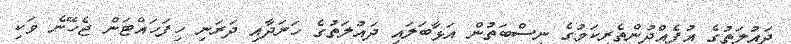
ދައުލަތުގެ އުފެއްދުންތެރިކަމުގެ ނިސްބަތުން އަޅާބަލައި ދައުލަތުގެ ހަރަދާއި ދަރަނި ހިފަހައްޓަން ޖެހޭނެ ވަކި